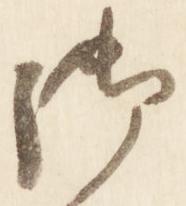
御